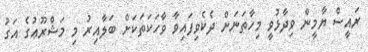
ރައީސް ޔާމީން ވިދާޅުވީ މިހާތަނަށް ދެކެވިފައިވާ ވާހަކަތަކަށް ބަލާއިރު މި މަޝްރޫޢުގެ އަގު